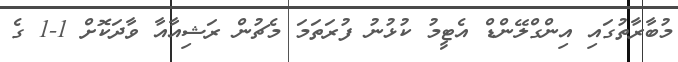
މުބާރާތުގައި އިންގްލޭންޑް އެޓީމު ކުޅުނު ފުރަތަމަ މެޗުން ރަޝިއާއާ ވާދަކޮށް 1-1 ގެ